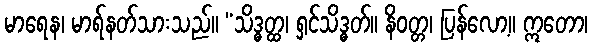
မာရေန၊ မာရ်နတ်သားသည်။ “သိဒ္ဓတ္ထ၊ ရှင်သိဒ္ဓတ်။ နိဝတ္တ၊ ပြန်လော့။ ဣတော၊